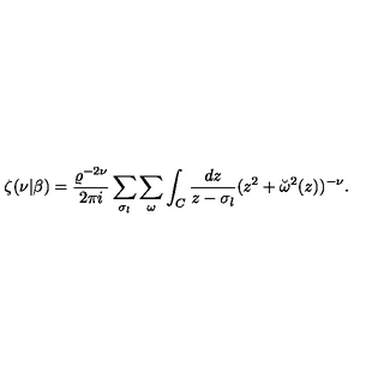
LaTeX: \zeta ( \nu | \beta ) = { \frac { \varrho ^ { - 2 \nu } } { 2 \pi i } } \sum _ { \sigma _ { l } } \sum _ { \omega } \int _ { C } { \frac { d z } { z - \sigma _ { l } } } ( z ^ { 2 } + \breve { \omega } ^ { 2 } ( z ) ) ^ { - \nu } .